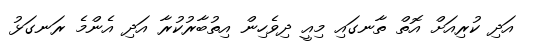
އަދި ކުރިއަށް އޮތް ތާނގައި މިއީ ދިވެހިން އިތުބާރުކުރާ އަދި އެންމެ ރަނގަޅު